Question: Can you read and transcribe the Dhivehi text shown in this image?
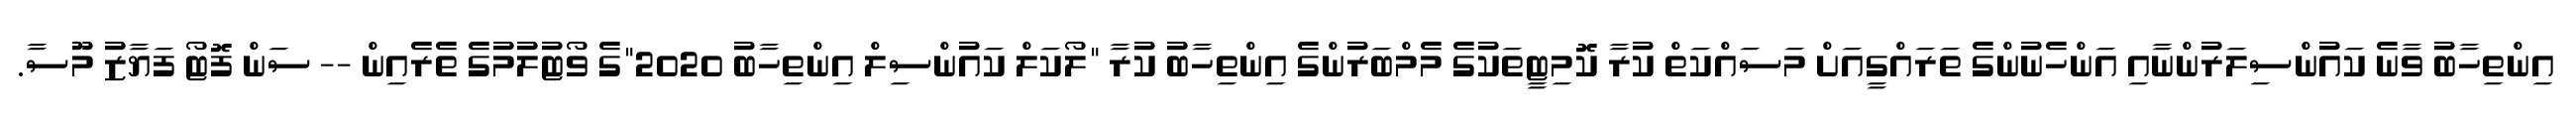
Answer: އިންތިހާބު ވާނެ ކައުންސިލަރުންނާއި އަންހެނުންގެ ތަރައްގީއަށް މަސައްކަތް ކުރާ ކޮމިޓީތަކުގެ މެމްބަރުންގެ އިންތިހާބު ކުރާ "ލޯކަލް ކައުންސިލް އިންތިހާބު 2020"ގެ ވޯޓުލުމުގެ ތެރެއިން -- ސަން ފޮޓޯ ފަޔާޒު މޫސާ.